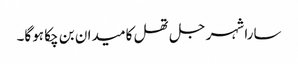
سارا شہر جل تھل کا میدان بن چکا ہوگا۔